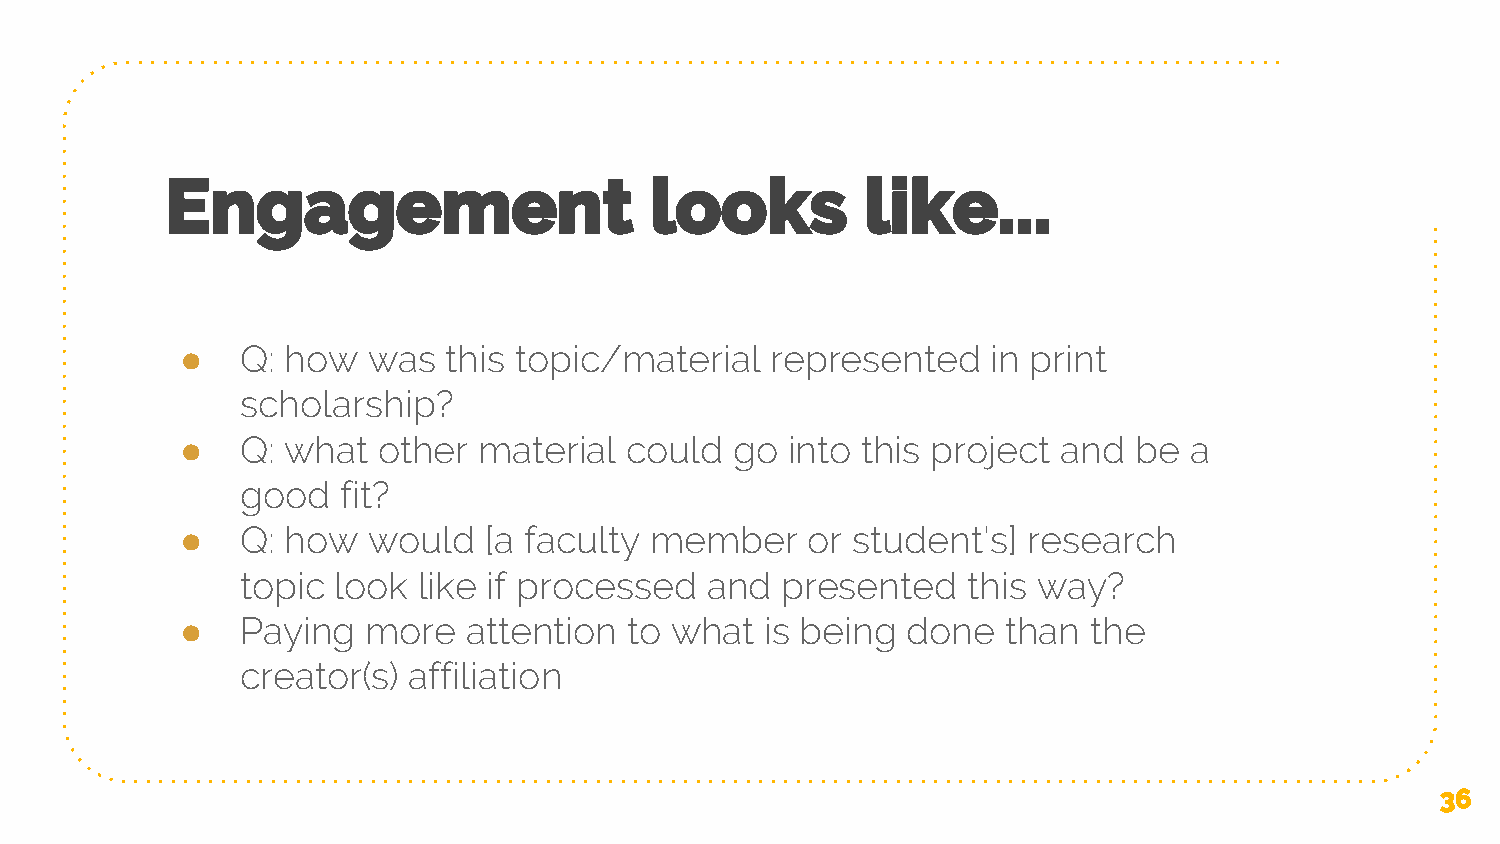
Engagement                      looks         like...
 ●   Q: how  was   this topic/material  represented    in print
 scholarship?
 ●   Q: what  other  material could   go into this project and  be  a
 good   fit?
 ●   Q: how  would   [a faculty member     or student’s] research
 topic look  like if processed  and  presented   this way?
 ●   Paying  more   attention  to what  is being done   than the
 creator(s) affiliation
 36